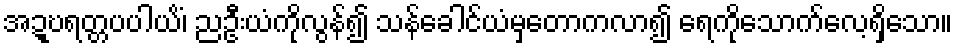
အဍ္ဎရတ္တပပါယိံ၊ ညဦးယံကိုလွန်၍ သန်ခေါင်ယံမှတောကလာ၍ ရေကိုသောက်လေ့ရှိသော။